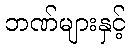
ဘဏ်များနှင့်